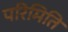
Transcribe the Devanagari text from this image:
परिमिति